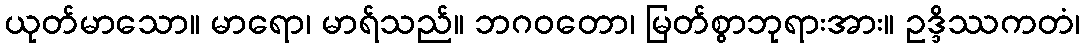
ယုတ်မာသော။ မာရော၊ မာရ်သည်။ ဘဂဝတော၊ မြတ်စွာဘုရားအား။ ဥဒ္ဒိဿကတံ၊